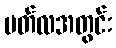
မတ်လအတွင်း